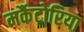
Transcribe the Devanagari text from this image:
मर्कैटोरिया